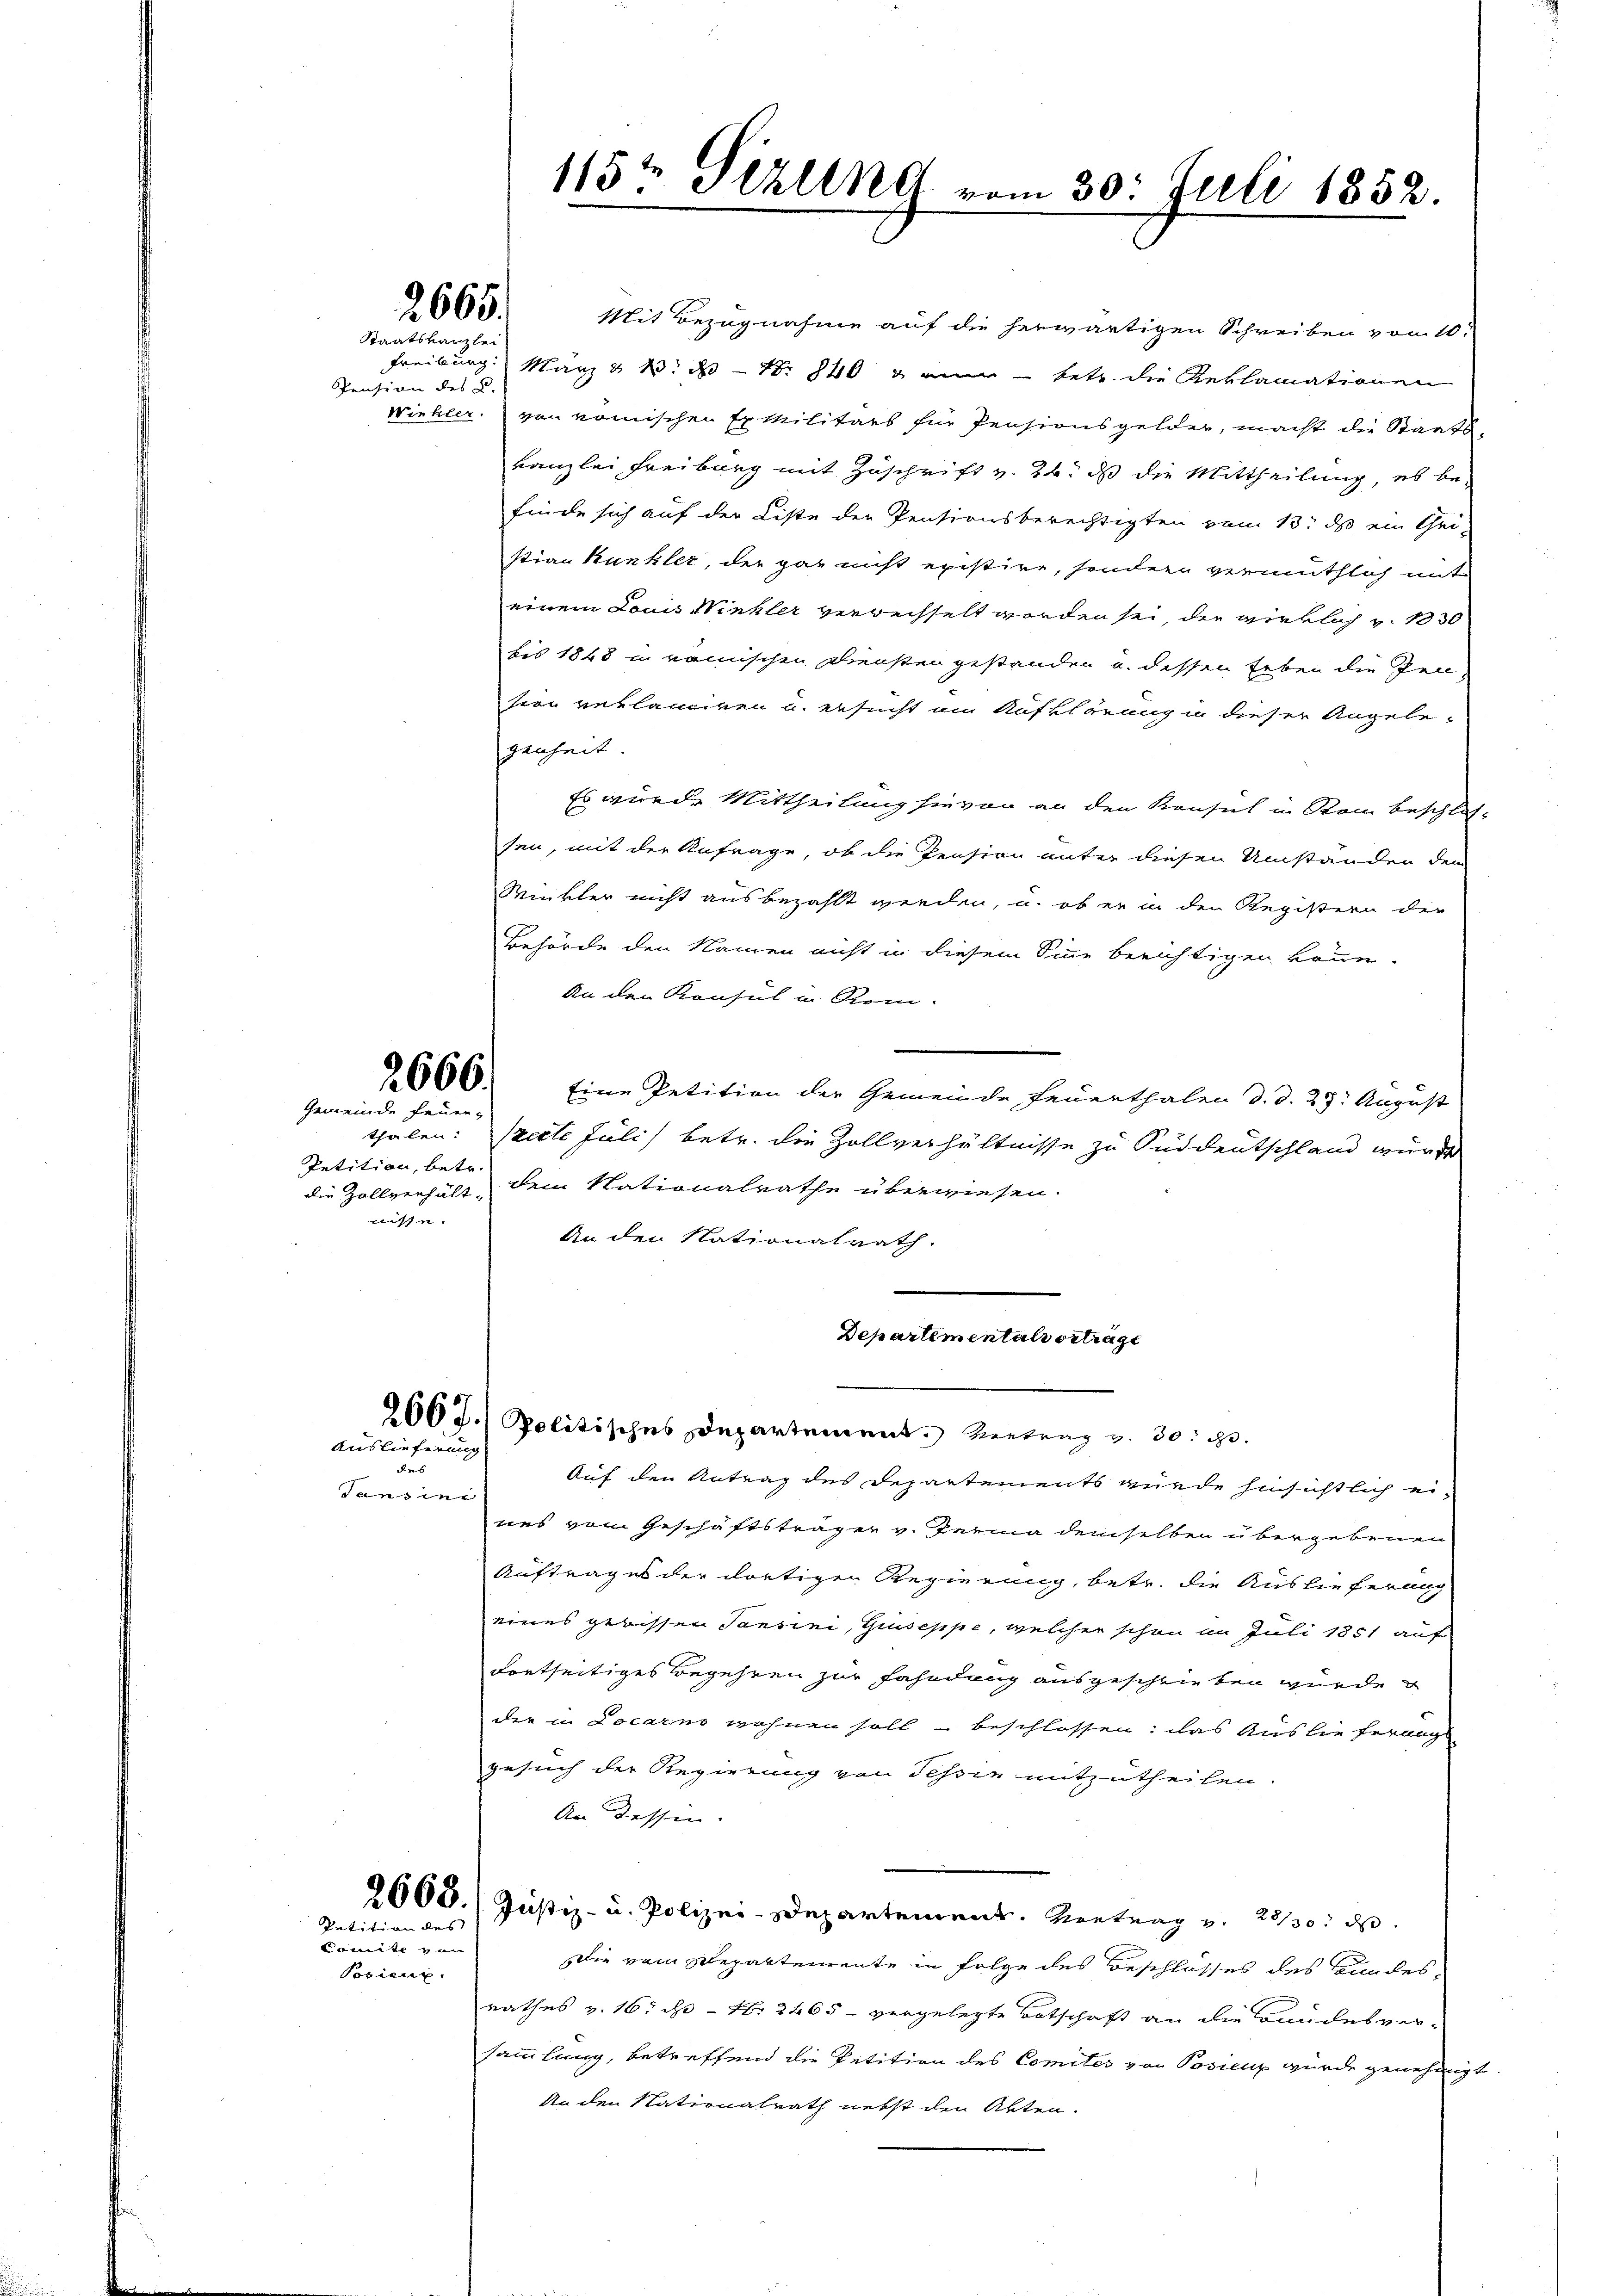
2665.
Staatskanzlei

Pension des C.

2666.
Gemeinde Feuer-

Petition, betr.
wisse.

Auslieferung
des

Jans in

Petition des
mten w

Posieux.

Mit Bezugnahme auf die herwärtigen Schreiben von 10.
Freiburg März & B. d S. 840 ein betr. die Reklamationen
Winkler von vomischen Ex Militärs für Pensionsgelder, macht die Staatskanzlei Freiburg mit Zuschrift v. 24. ds die Mittheilung, es be-
finde sich auf der Liste der Pensionsberechtigten von 13. ds ein Gri-
stian Kunkler, der gar nicht existire, sondern vermuthlich mit
einem Louis Winkler verrechselt worden sei, die wirklich v. 1830
bis 1848 u. römischen Diensten gestanden u. dessen Leben die Pen-
sien verlangigen u. ersucht am Aufklärung in dieser Angelegenheit.
Es wurde Mittheilung hievon an den Konsul in Stam beschlos-
sen, mit der Anfrage, ob die Pension unter diesen Umständen dem
Winkler nicht ausbezahlt werden, u. ob er in den Registern der
Behörde den Namen nicht in diesem Sinne berichtigen könne.
An den Konsul u. Rom.
Eine Petition der Gemeinde Feuerthalen d. d. 27. August
thalen: Prette Juli) betr. die Zollverhältnisse zu Süddeutschland würde
die Zollverhält dem Nationalrathe überwiesen.
An den Nationalrath.
Departementalvertrage
2667. Politisches Departement. Vertrag v. 30. d.
Auf den Antrag des Departements wurde hinsichtlich eines vom Geschäftsträger v. Feria demselben übergebenen
Auftrages der dortigen Regierung, betr. die Auslieferung
eines gebissen Tansini, Giuseppe, welcher schon im Juli 1851 auf
dortseitiges Begehren zur Fahndung ausgeschrieben wurde
der in Locarno wohnen soll beschlossen: das Auslieferung
gesuch der Regierung von Schen mitzutheilen.
An dessen.
2660. Justiz- u. Polizei-Departement. Vortrag v. 2230. d.
Die vom Departemente in Folge des Beschlosses des Bundesrathes v. 16, N. 2465 - vergelegte Totschaft an die Bundesver-
sammlung, betreffend die Petition des Comites von Posicup wurde genehmigt
An den Nationalrath nebst den Akten.

115t Sizung vom 30. Juli 1852.